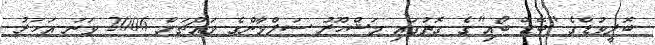
ބޮލީވުޑްގެ "ބޭޑް ބޯއި"ގެ ގޮތުގައި މަޝްހޫރު ސަލްމާންގެ މައްޗަށް 2006 ވަނަ އަހަރު